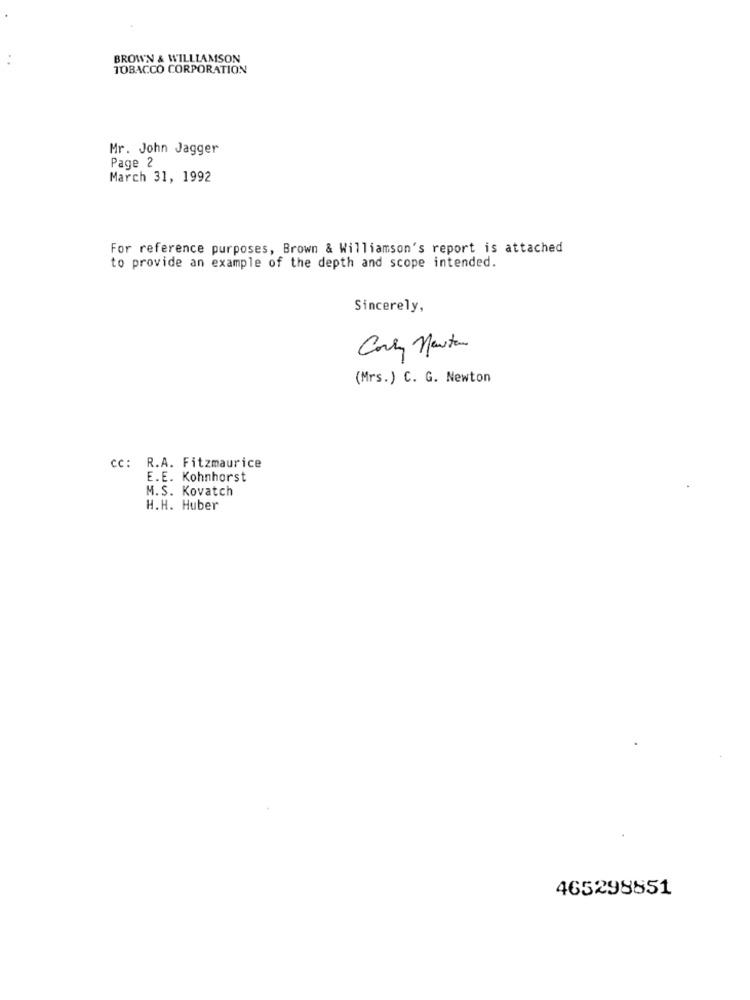
BROWN & WILLIAMSON
TOBACCO CORPORATION
Mr. John Jagger
Page 2
March 31, 1992
For reference purposes, Brown & Williamson's report is attached
to provide an example of the depth and scope intended.
Sincerely,
Corry Newton
(Mrs.) C. G. Newton
cc: R.A. Fitzmaurice
E.E. Kohnhorst
M.S. Kovatch
H.H. Huber
465298851